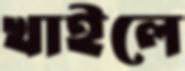
খাইলে